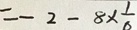
= - 2 - 8 \times \frac { 1 } { 6 }